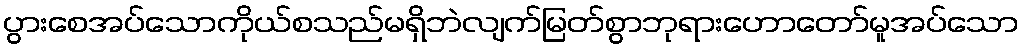
ပွားစေအပ်သောကိုယ်စသည်မရှိဘဲလျက်မြတ်စွာဘုရားဟောတော်မူအပ်သော